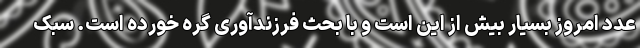
عدد امروز بسیار بیش از این است و با بحث فرزندآوری گره خورده است. سبک